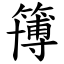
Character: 簙